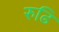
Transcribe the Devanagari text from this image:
रुढि